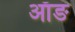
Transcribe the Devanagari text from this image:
ऑङ